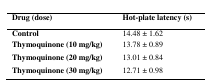
<table><thead><tr><td><b>Drug (dose)</b></td><td><b>Hot-plate latency (s)</b></td></tr></thead><tbody><tr><td><b>Control</b></td><td>14.48 ± 1.62</td></tr><tr><td><b>Thymoquinone (10 mg/kg)</b></td><td>13.78 ± 0.89</td></tr><tr><td><b>Thymoquinone (20 mg/kg)</b></td><td>13.01 ± 0.84</td></tr><tr><td><b>Thymoquinone (30 mg/kg)</b></td><td>12.71 ± 0.98</td></tr></tbody></table>